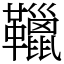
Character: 䪉